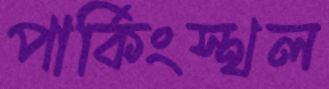
পার্কিংস্থল